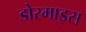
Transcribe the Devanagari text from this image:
डोरमाइस